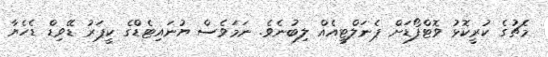
މެޗުގެ ކުރީކޮޅު ވޮޓްފޯޑަށް ޕެނަލްޓީއެއް ލިބުނެވެ. ނަމަވެސް ޔުނައިޓެޑްގެ ކީޕަރު ޑޭވިޑް ޑެހެޔާ